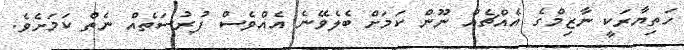
ހަތިޔާރަކީ ނާޒިމްގެ އެއްޗެއް ނޫން ކަމަށް ބެލެވޭނެ އެއްވެސް ފުރުސަތެއް ނެތް ކަމަށެވެ.